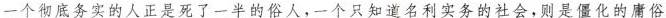
一个彻底务实的人正是死了一半的俗人，一个只知道名利实务的社会，则是僵化的庸俗